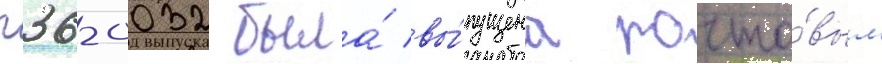
п36-0032 была́ вы́пущена почто́вым